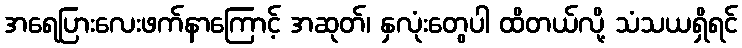
အရေပြားလေးဖက်နာကြောင့် အဆုတ်၊ နှလုံးတွေပါ ထိတယ်လို့ သံသယရှိရင်